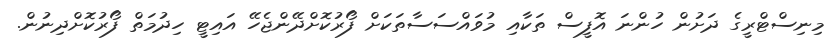
މިނިސްޓްރީގެ ދަށުން ހުންނަ އޮފީސް ތަކާއި މުވައްސަސާތަކަށް ފޯރުކޮށްދޭންޖެހޭ އައިޓީ ހިދުމަތް ފޯރުކޮށްދިނުން.